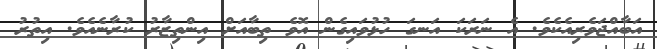
އަބާއްޖަވެރިއެކެވެ. އެ ނަރަކަ އަނގަ ހުޅުވައިގެން އޮވެ ތިބާއަށް އިންތިޒާރު ކުރާނެއެވެ. އިތުރު